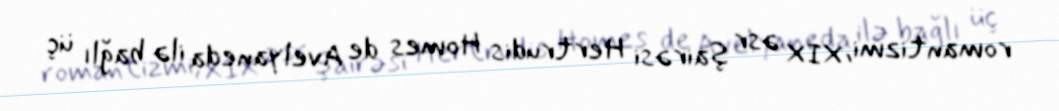
romantizmi, XIX əsr şairəsi Hertrudis Homes de Avelyaneda ilə bağlı üç